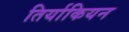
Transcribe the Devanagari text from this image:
तिर्याकियन